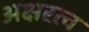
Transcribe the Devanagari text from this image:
अक्षरत्व